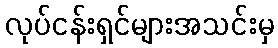
လုပ်ငန်းရှင်များအသင်းမှ